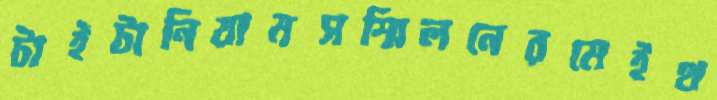
টাইটানিয়ামসম্মিলনেরমেইথ